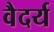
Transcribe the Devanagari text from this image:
वैदर्य